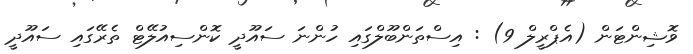
ވޮޝިންޓަން (އެޕްރީލް 9) : އިސްތަންބޫލްގައި ހުންނަ ސައޫދީ ކޮންސިއުލޭޓް ތެރޭގައި ސައޫދީ